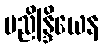
ပညိန္ဒြိယေန